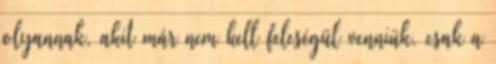
olyannak, akit már nem kell feleségül venniük, csak a